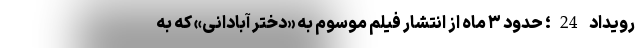
رویداد 24؛ حدود ۳ ماه از انتشار فیلم موسوم به «دختر آبادانی» که به